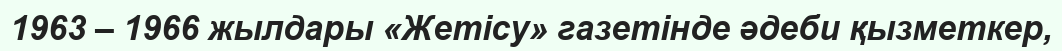
1963 – 1966 жылдары «Жетісу» газетінде әдеби қызметкер,